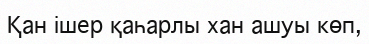
Қан ішер қаһарлы хан ашуы көп,